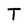
Character: T